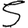
Digit: 5